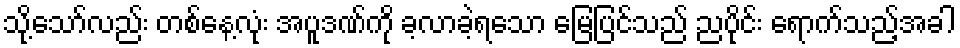
သို့သော်လည်း တစ်နေ့လုံး အပူဒဏ်ကို ခ့လာခဲ့ရသော မြေပြင်သည် ညပိုင်း ရောက်သည့်အခါ